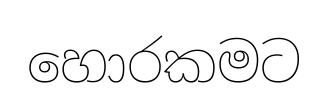
හොරකමට